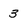
Character: 3